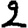
Digit: 2